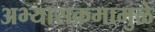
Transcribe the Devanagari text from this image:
अभ्यासक्रमामुळे